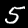
Label: 5